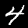
Digit: 4